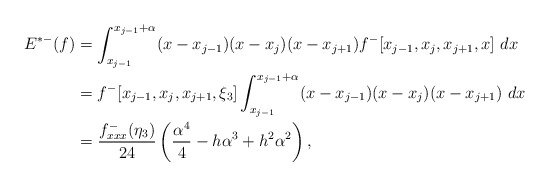
\begin{align*}\begin{aligned}E^{*-}(f)&=\int_{x_{j-1}}^{x_{j-1}+\alpha} (x-x_{j-1})(x-x_{j})(x-x_{j+1})f^-[x_{j-1}, x_{j}, x_{j+1},x]\ dx\\&=f^-[x_{j-1}, x_{j}, x_{j+1},\xi_3]\int_{x_{j-1}}^{x_{j-1}+\alpha} (x-x_{j-1})(x-x_{j})(x-x_{j+1})\ dx\\&=\frac{f^-_{xxx}(\eta_3) }{24}\left(\frac{\alpha^{4}}{4}-h{\alpha}^{3}+{h}^{2}{\alpha}^{2}\right),\end{aligned}\end{align*}